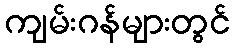
ကျမ်းဂန်များတွင်